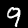
Label: 9